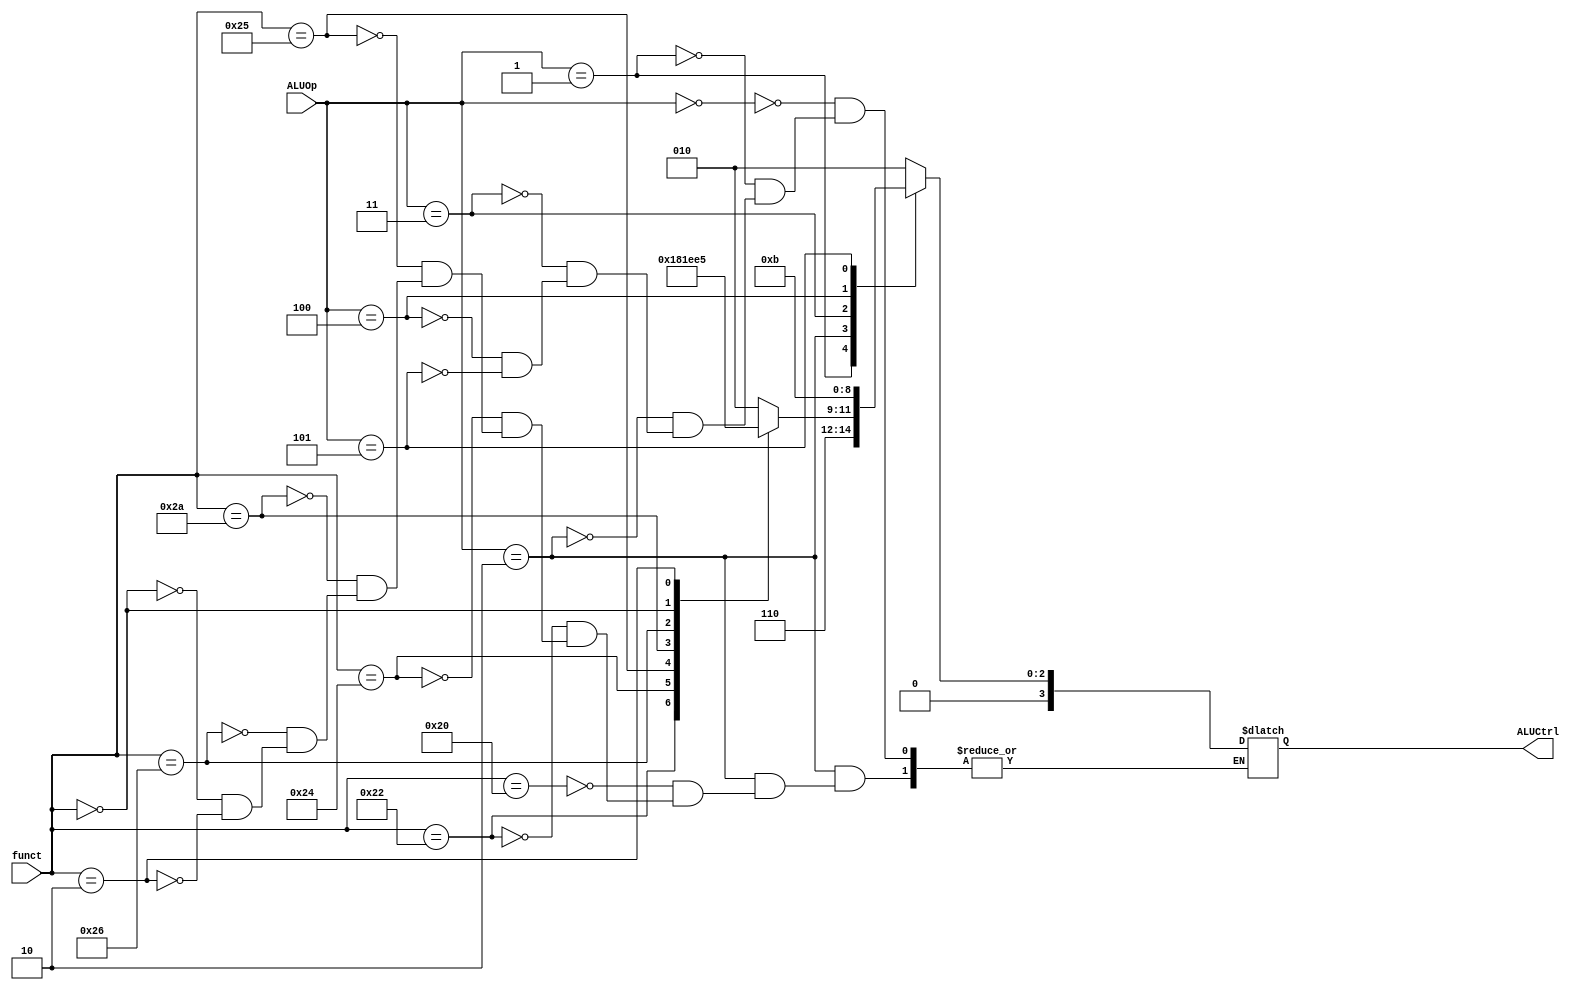
module ALU_Control(ALUOp,funct,ALUCtrl);
input [2:0] ALUOp;
input [5:0] funct;
output [3:0] ALUCtrl;

reg [3:0] ALUCtrl;

always @(ALUOp or funct)
begin
case (ALUOp)
  3'b000:
	ALUCtrl = 4'b0010;   //add
  3'b001:
	ALUCtrl = 4'b0110;   //sub
  3'b010:
     case (funct)
	6'b100000:
	   ALUCtrl = 4'b0010; //add
	6'b100010:
	   ALUCtrl = 4'b0110; //sub
	6'b100100:
	   ALUCtrl = 4'b0000; //and
	6'b100101:
	   ALUCtrl = 4'b0001; //or
	6'b101010:
	   ALUCtrl = 4'b0111; //slt
	6'b100110:
	   ALUCtrl = 4'b0011; //xor
	6'b000000:
	   ALUCtrl = 4'b0100; //sll
	6'b000010:
	   ALUCtrl = 4'b0101; //srl
     endcase
   3'b011:
	ALUCtrl = 4'b0000;
   3'b100:
	ALUCtrl = 4'b0001;
   3'b101:
	ALUCtrl = 4'b0011;
endcase

end
endmodule